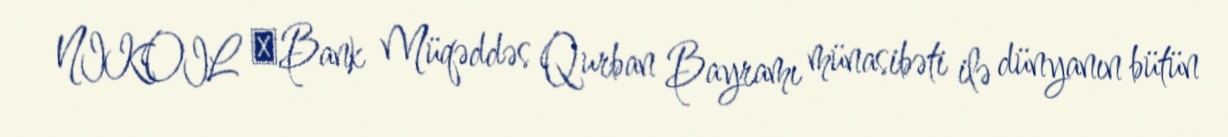
NIKOIL ⎢Bank Müqəddəs Qurban Bayramı münasibəti ilə dünyanın bütün